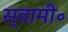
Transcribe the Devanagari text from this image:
स्वामी॰